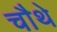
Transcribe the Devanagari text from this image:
चाैथे